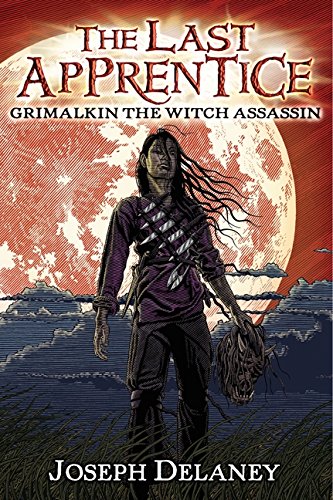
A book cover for The Last Apprentice: Grimalkin the Witch Assassin (Book 9); Joseph Delaney; Teen & Young Adult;